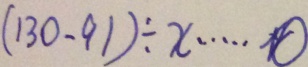
( 1 3 0 - 9 1 ) \div x \cdots 0